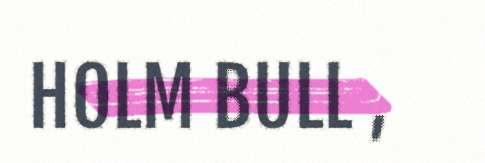
HOLM BULL ,